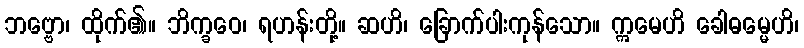
ဘဗ္ဗော၊ ထိုက်၏။ ဘိက္ခဝေ၊ ရဟန်းတို့။ ဆဟိ၊ ခြောက်ပါးကုန်သော။ ဣမေဟိ ခေါဓမ္မေဟိ၊